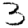
Digit: 3